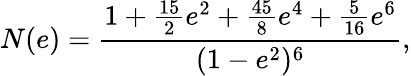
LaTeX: N(e)=\frac{1+\frac{15}{2}e^{2}+\frac{45}{8}e^{4}+\frac{5}{16}e^{6}}{(1-e^{2})^{6}},